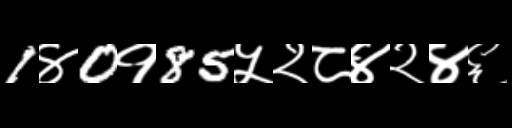
Text: 1४0१85५२८४२४६